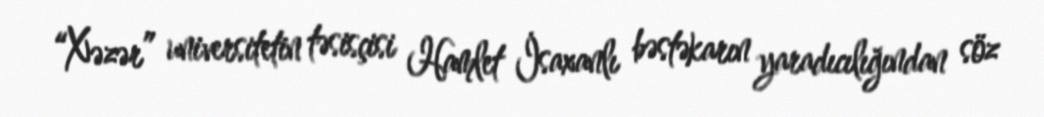
“Xəzər” universitetin təsisçisi Hamlet İsaxanlı bəstəkarın yaradıcılığından söz